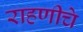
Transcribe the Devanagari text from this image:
राहणीचे